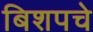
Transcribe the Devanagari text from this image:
बिशपचे